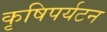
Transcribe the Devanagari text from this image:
कृषिपर्यटन